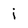
Character: j